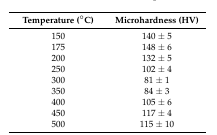
<table><thead><tr><td><b>Temperature (°C)</b></td><td><b>Microhardness (HV)</b></td></tr></thead><tbody><tr><td>150</td><td>140 ± 5</td></tr><tr><td>175</td><td>148 ± 6</td></tr><tr><td>200</td><td>132 ± 5</td></tr><tr><td>250</td><td>102 ± 4</td></tr><tr><td>300</td><td>81 ± 1</td></tr><tr><td>350</td><td>84 ± 3</td></tr><tr><td>400</td><td>105 ± 6</td></tr><tr><td>450</td><td>117 ± 4</td></tr><tr><td>500</td><td>115 ± 10</td></tr></tbody></table>